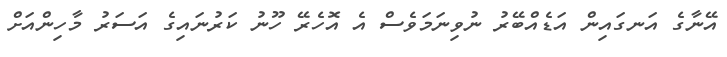
އޭނާގެ އަނގައިން އަޑެއްބޭރު ނުވިނަމަވެސް އެ އޮހެރޭ ހޫނު ކަރުނައިގެ އަސަރު މާހިންއަށް